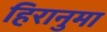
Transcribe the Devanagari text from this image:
हिरानुमा